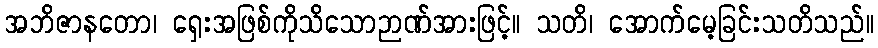
အဘိဇာနတော၊ ရှေးအဖြစ်ကိုသိသောဉာဏ်အားဖြင့်။ သတိ၊ အောက်မေ့ခြင်းသတိသည်။